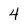
Character: 4